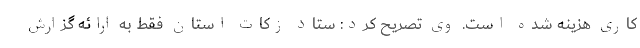
کاری هزینه شده است. وی تصریح کرد: ستاد زکات استان فقط به ارائه گزارش